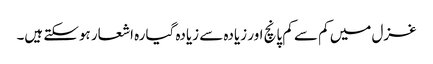
غزل میں کم سے کم پانچ اور زیادہ سے زیادہ گیارہ اشعار ہوسکتے ہیں۔